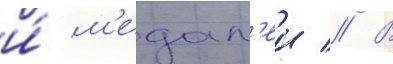
и́ м'едал'еи // В